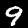
Digit: 9